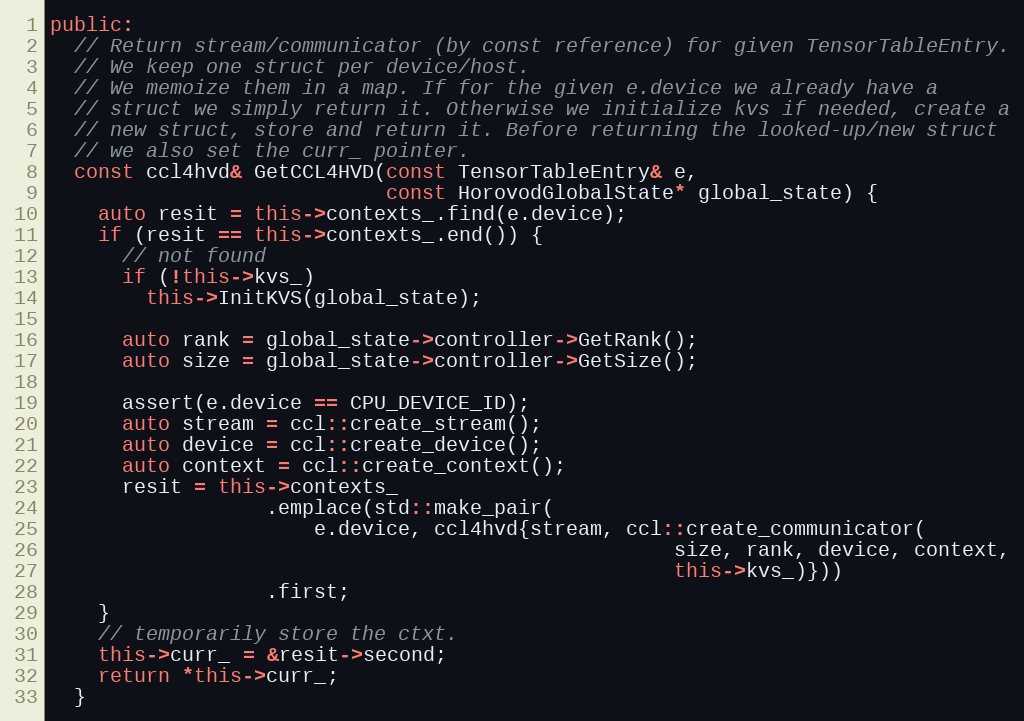
Language: C++
public:
  // Return stream/communicator (by const reference) for given TensorTableEntry.
  // We keep one struct per device/host.
  // We memoize them in a map. If for the given e.device we already have a
  // struct we simply return it. Otherwise we initialize kvs if needed, create a
  // new struct, store and return it. Before returning the looked-up/new struct
  // we also set the curr_ pointer.
  const ccl4hvd& GetCCL4HVD(const TensorTableEntry& e,
                            const HorovodGlobalState* global_state) {
    auto resit = this->contexts_.find(e.device);
    if (resit == this->contexts_.end()) {
      // not found
      if (!this->kvs_)
        this->InitKVS(global_state);

      auto rank = global_state->controller->GetRank();
      auto size = global_state->controller->GetSize();

      assert(e.device == CPU_DEVICE_ID);
      auto stream = ccl::create_stream();
      auto device = ccl::create_device();
      auto context = ccl::create_context();
      resit = this->contexts_
                  .emplace(std::make_pair(
                      e.device, ccl4hvd{stream, ccl::create_communicator(
                                                    size, rank, device, context,
                                                    this->kvs_)}))
                  .first;
    }
    // temporarily store the ctxt.
    this->curr_ = &resit->second;
    return *this->curr_;
  }